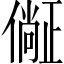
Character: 𣦛